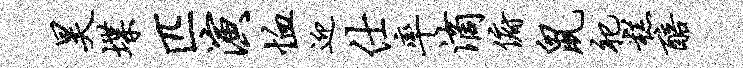
昊堞匹演恤迎仕率滴俯鼠祀糕醅